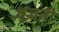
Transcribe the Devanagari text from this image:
गुज्रती